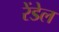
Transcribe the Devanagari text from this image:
रेंडेल